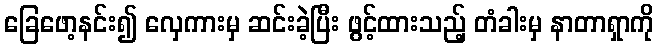
ခြေဖော့နင်း၍ လှေကားမှ ဆင်းခဲ့ပြီး ဖွင့်ထားသည့် တံခါးမှ နာတာရှာကို